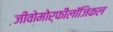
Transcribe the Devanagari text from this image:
जीवोमोर्फीलॉजिकल